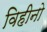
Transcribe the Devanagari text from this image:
विहीनो